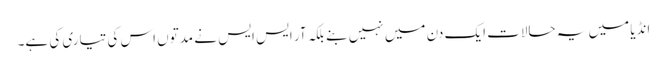
انڈیا میں یہ حالات ایک دن میں نہیں بنے بلکہ آر ایس ایس نے مدتوں اس کی تیاری کی ہے۔